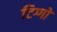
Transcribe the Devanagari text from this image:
टिग्गो